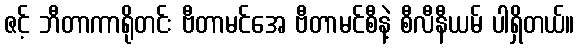
ဇင့် ဘီတာကာရိုတင်း ဗီတာမင်အေ ဗီတာမင်စီနဲ့ စီလီနီယမ် ပါရှိတယ်။